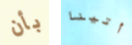
بأن أتينا